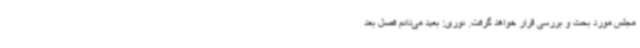
مجلس مورد بحث و بررسی قرار خواهد گرفت. نوری: بعید می‌دانم فصل بعد